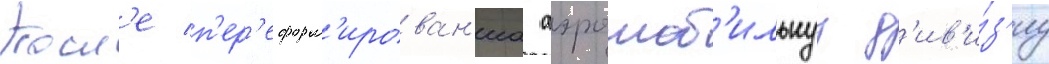
Посл'е п'ер'еформ'ирован'иа аэромоб'ильнуу д'ив'и́з'иу